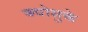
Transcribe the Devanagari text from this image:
क्योसुके